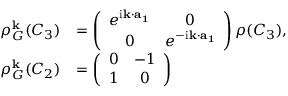
\begin{array} { r l } { \rho _ { G } ^ { \bf k } ( C _ { 3 } ) } & { = \left( \begin{array} { c c } { e ^ { \mathrm { i } { \bf k } \cdot { \bf a _ { 1 } } } } & { 0 } \\ { 0 } & { e ^ { - \mathrm { i } { \bf k } \cdot { \bf a _ { 1 } } } } \end{array} \right) \rho ( C _ { 3 } ) , } \\ { \rho _ { G } ^ { \bf k } ( C _ { 2 } ) } & { = \left( \begin{array} { c c } { 0 } & { - 1 } \\ { 1 } & { 0 } \end{array} \right) } \end{array}